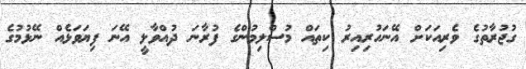
ގުޖުރާތުގެ ވެރިއަކަށް އޭނަހުރިއިރު ކިތައް މުސްލިމުންގެ ފުރާނަ ދުއްވާލީ އޭނަ ފިޔަވަޅެއް ނޭޅުމުގެ